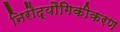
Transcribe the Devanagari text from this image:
निरौद्यौगिकीकरण